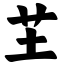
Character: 芏